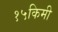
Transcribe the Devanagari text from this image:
१५किमी